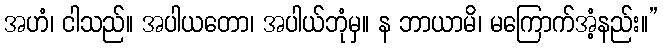
အဟံ၊ ငါသည်။ အပါယတော၊ အပါယ်ဘုံမှ။ န ဘာယာမိ၊ မကြောက်အံ့နည်း။”